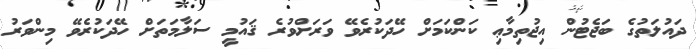
ދައުލަތުގެ ބަޖެޓުން އިޖުތިމާޢި ކަންކަމަށް ހޭދަކުރެވޭ ވަރަށްވުރެ ޤައުމީ ސަލާމަތަށް ހޭދަކުރެވޭ މިންވަރު